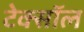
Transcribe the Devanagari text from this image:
टेक्सॉल